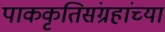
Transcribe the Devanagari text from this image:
पाककृतिसंग्रहांच्या